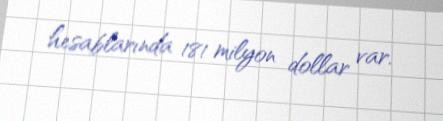
hesablarında 181 milyon dollar var.